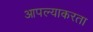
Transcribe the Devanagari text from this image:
आपल्याकरता